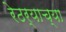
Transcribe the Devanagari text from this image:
रेठर्‍याच्या